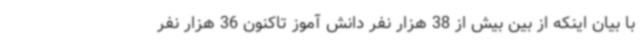
با بیان اینکه از بین بیش از 38 هزار نفر دانش آموز تاکنون 36 هزار نفر